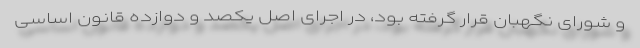
و شورای نگهبان قرار گرفته بود، در اجرای اصل یکصد و دوازده قانون اساسی